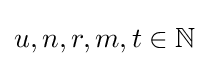
u,n,r,m,t\in \mathbb {N}